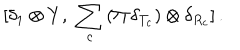
[ \delta _ { 1 } \otimes Y , \, \, \sum _ { c } \, ( \Pi \, \delta _ { T _ { c } } ) \otimes \delta _ { R _ { c } } ] \, .